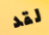
لقد